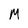
Character: M